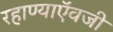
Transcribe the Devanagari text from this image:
रहाण्याऍवजी